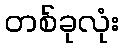
တစ်ခုလုံး